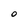
Character: O